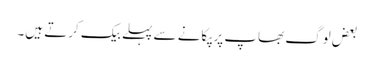
بعض لوگ بھاپ پر پکانے سے پہلے بیک کرتے ہیں۔